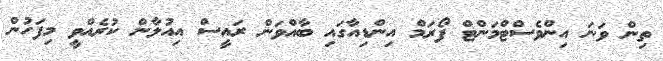
ތިން ވަނަ އިންވެސްޓްމަންޓް ފޯރަމް އިންޑިއާގައި ބާއްވަން ރައީސް އިއުލާން ކުރެއްވީ މިފަހުން